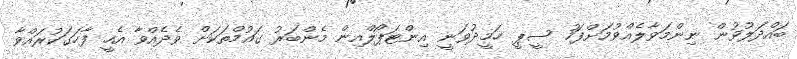
ބައްދަލުވުން ނިންމަވާލެއްވުމަށްފަހު ސީޕީ ހަމީދުވަނީ އިންޓަޕޯލްއިން މެންބަރު ގައުމްތަކަށް ވެދެއްވާ އެހީ ފާހަގަކުރައްވާ